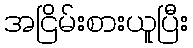
အငြိမ်းစားယူပြီး